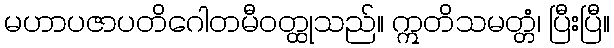
မဟာပဇာပတိဂေါတမီဝတ္ထုသည်။ ဣတိသမတ္တံ၊ ပြီးပြီ။